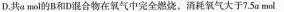
D.共a mol的B和D混合物在氧气中完全燃烧。消耗氧气大于7.5a mol